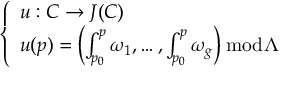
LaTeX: \left\{ \begin{array} { l l } { u : C \to J ( C ) } \\ { u ( p ) = \left( \int _ { p _ { 0 } } ^ { p } \omega _ { 1 } , \dots , \int _ { p _ { 0 } } ^ { p } \omega _ { g } \right) { \bmod { \Lambda } } } \end{array} \right.